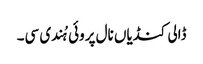
ڈالی کنڈیاں نال پروئی ہُندی سی۔